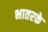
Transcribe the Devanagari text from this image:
भातरके